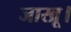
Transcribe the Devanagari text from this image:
जाखू।